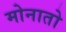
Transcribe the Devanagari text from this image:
मोनातो